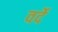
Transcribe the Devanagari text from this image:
वर्देे